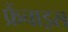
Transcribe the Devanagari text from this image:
फ्रैंचाइस